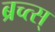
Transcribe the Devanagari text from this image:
ब्रच्त्स्